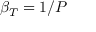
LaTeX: \beta _ { T } = 1 / P